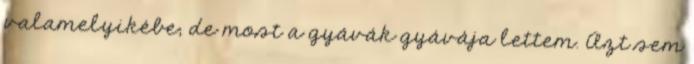
valamelyikébe; de most a gyávák gyávája lettem. Azt sem